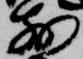
前